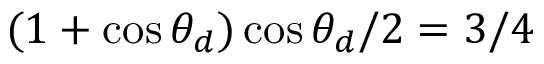
( 1 + \cos \theta _ { d } ) \cos \theta _ { d } / 2 = 3 / 4